Bréfritari: Jakobína Jónsdóttir
Viðtakandi: Sólveig Jónsdóttir
Dagsetning: A-1870-09-12
Skrifað á: Bessastöðum  Gull.
systir bréfviðtakanda

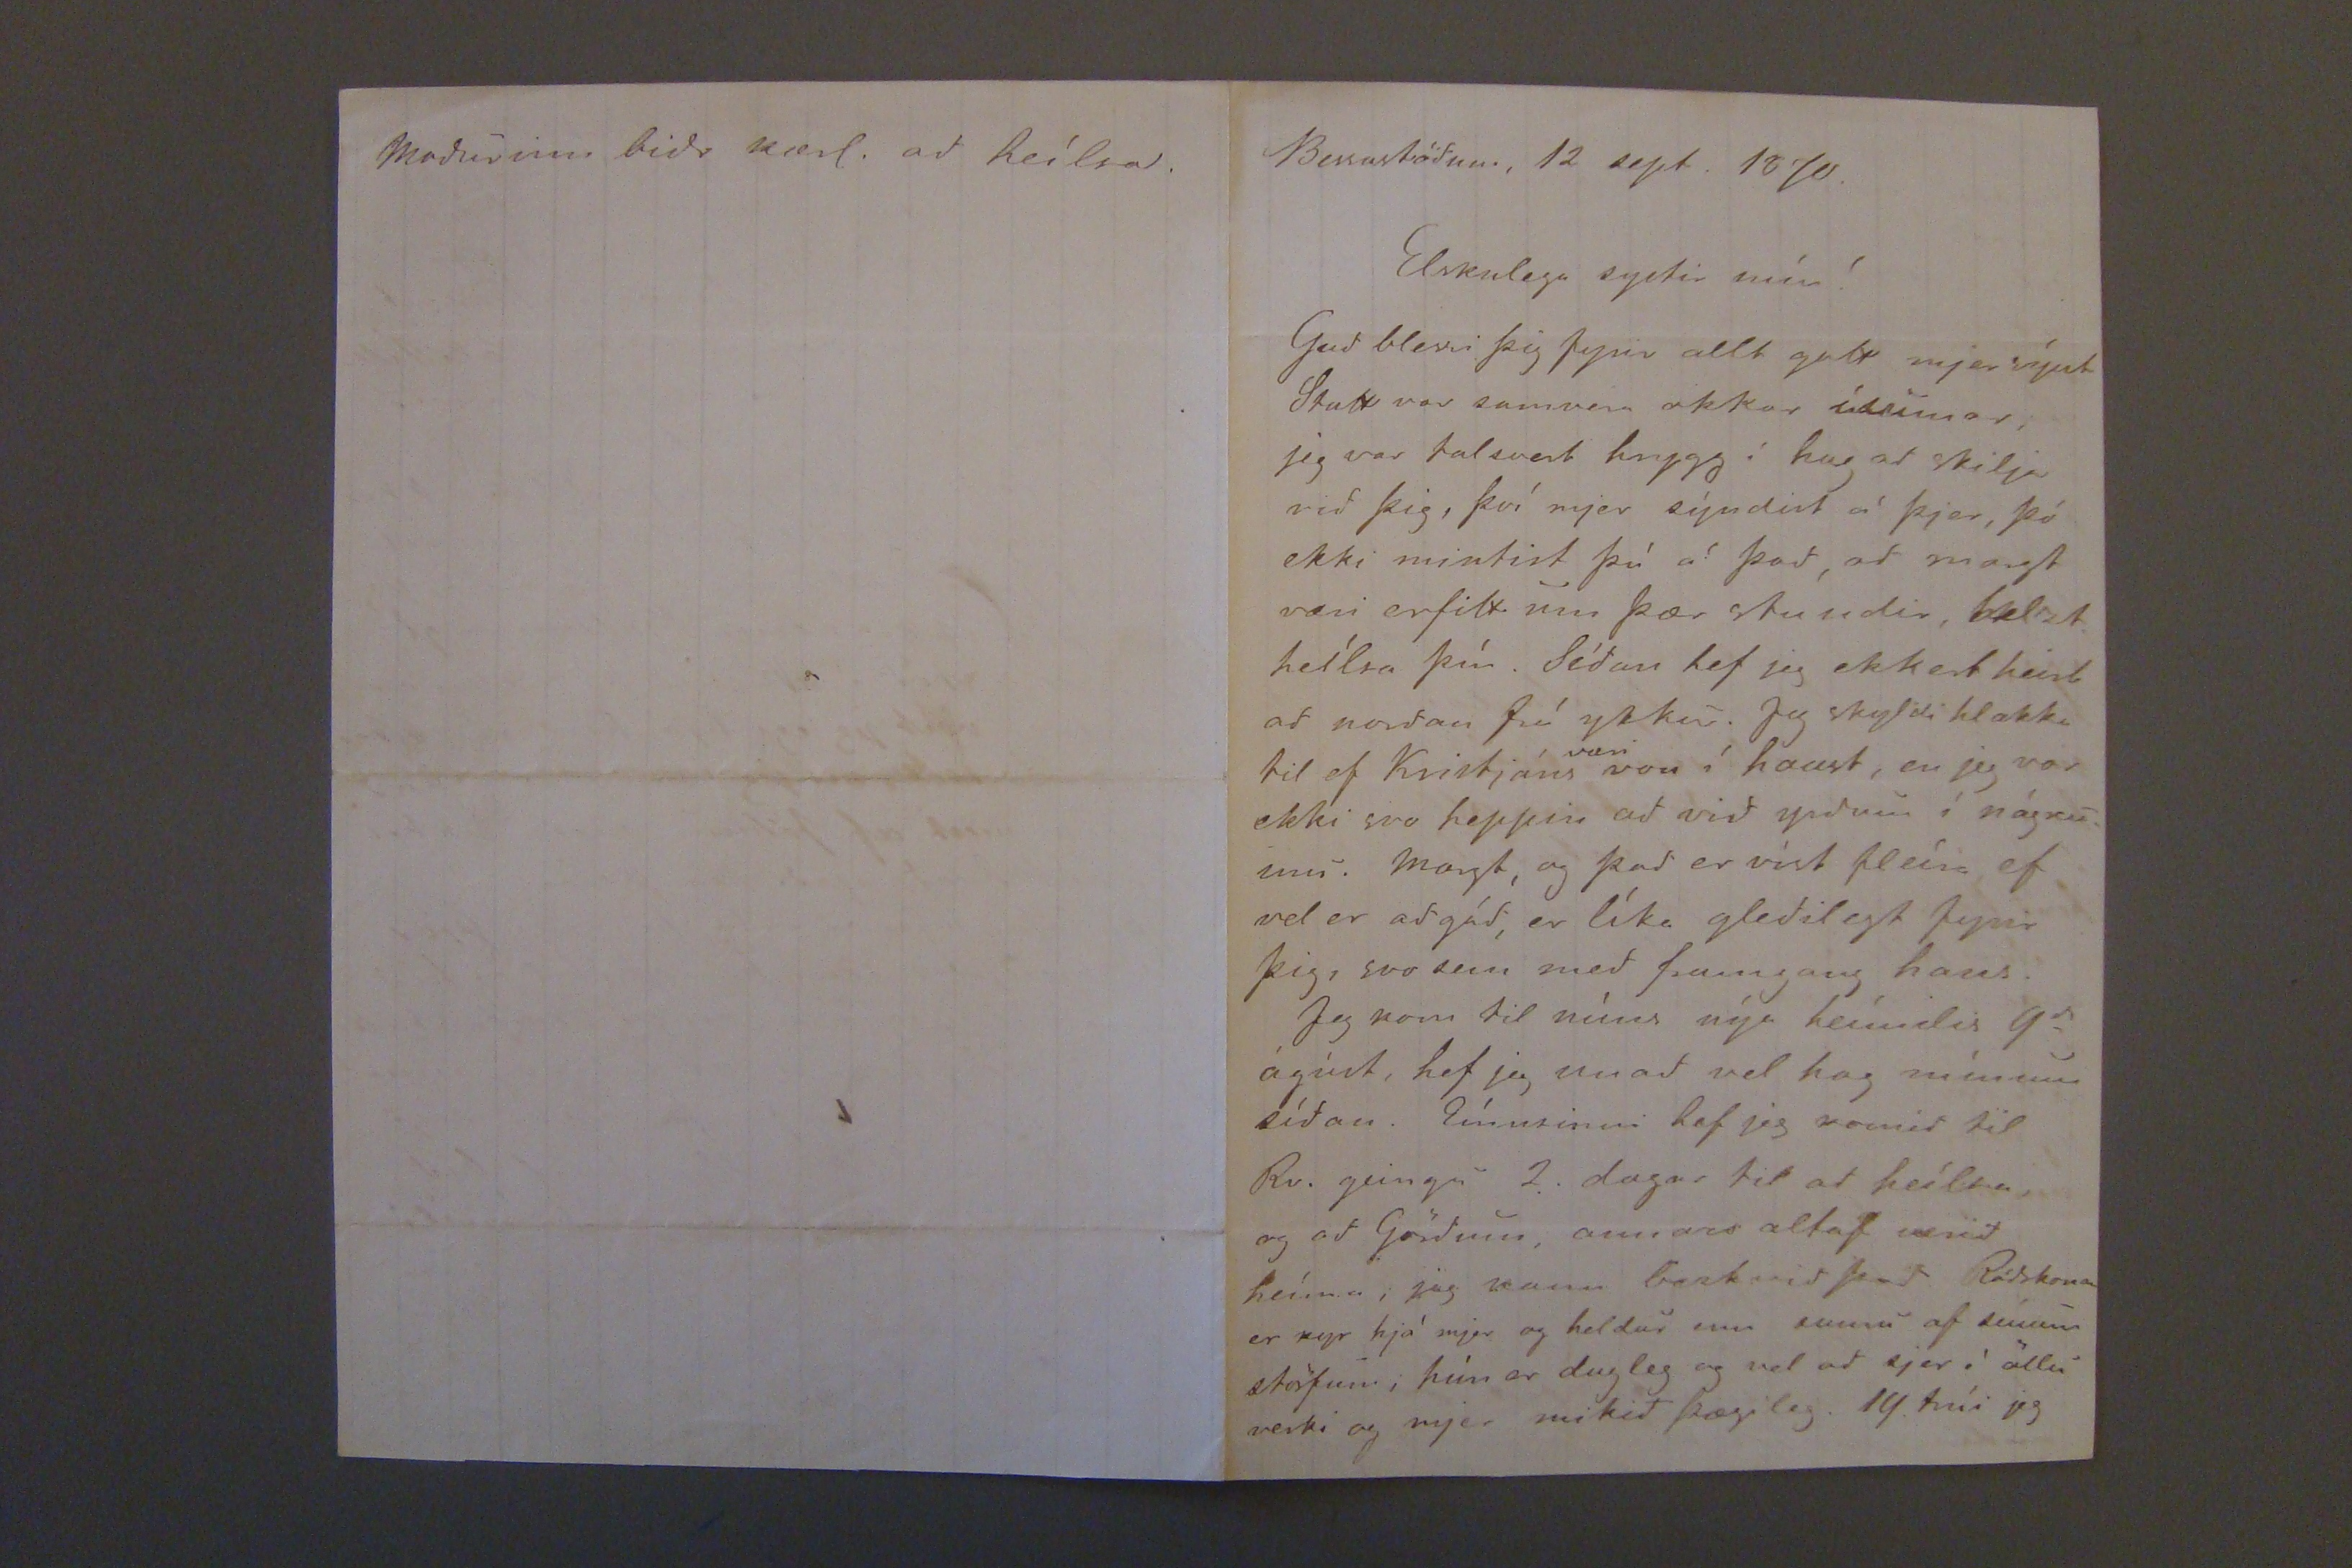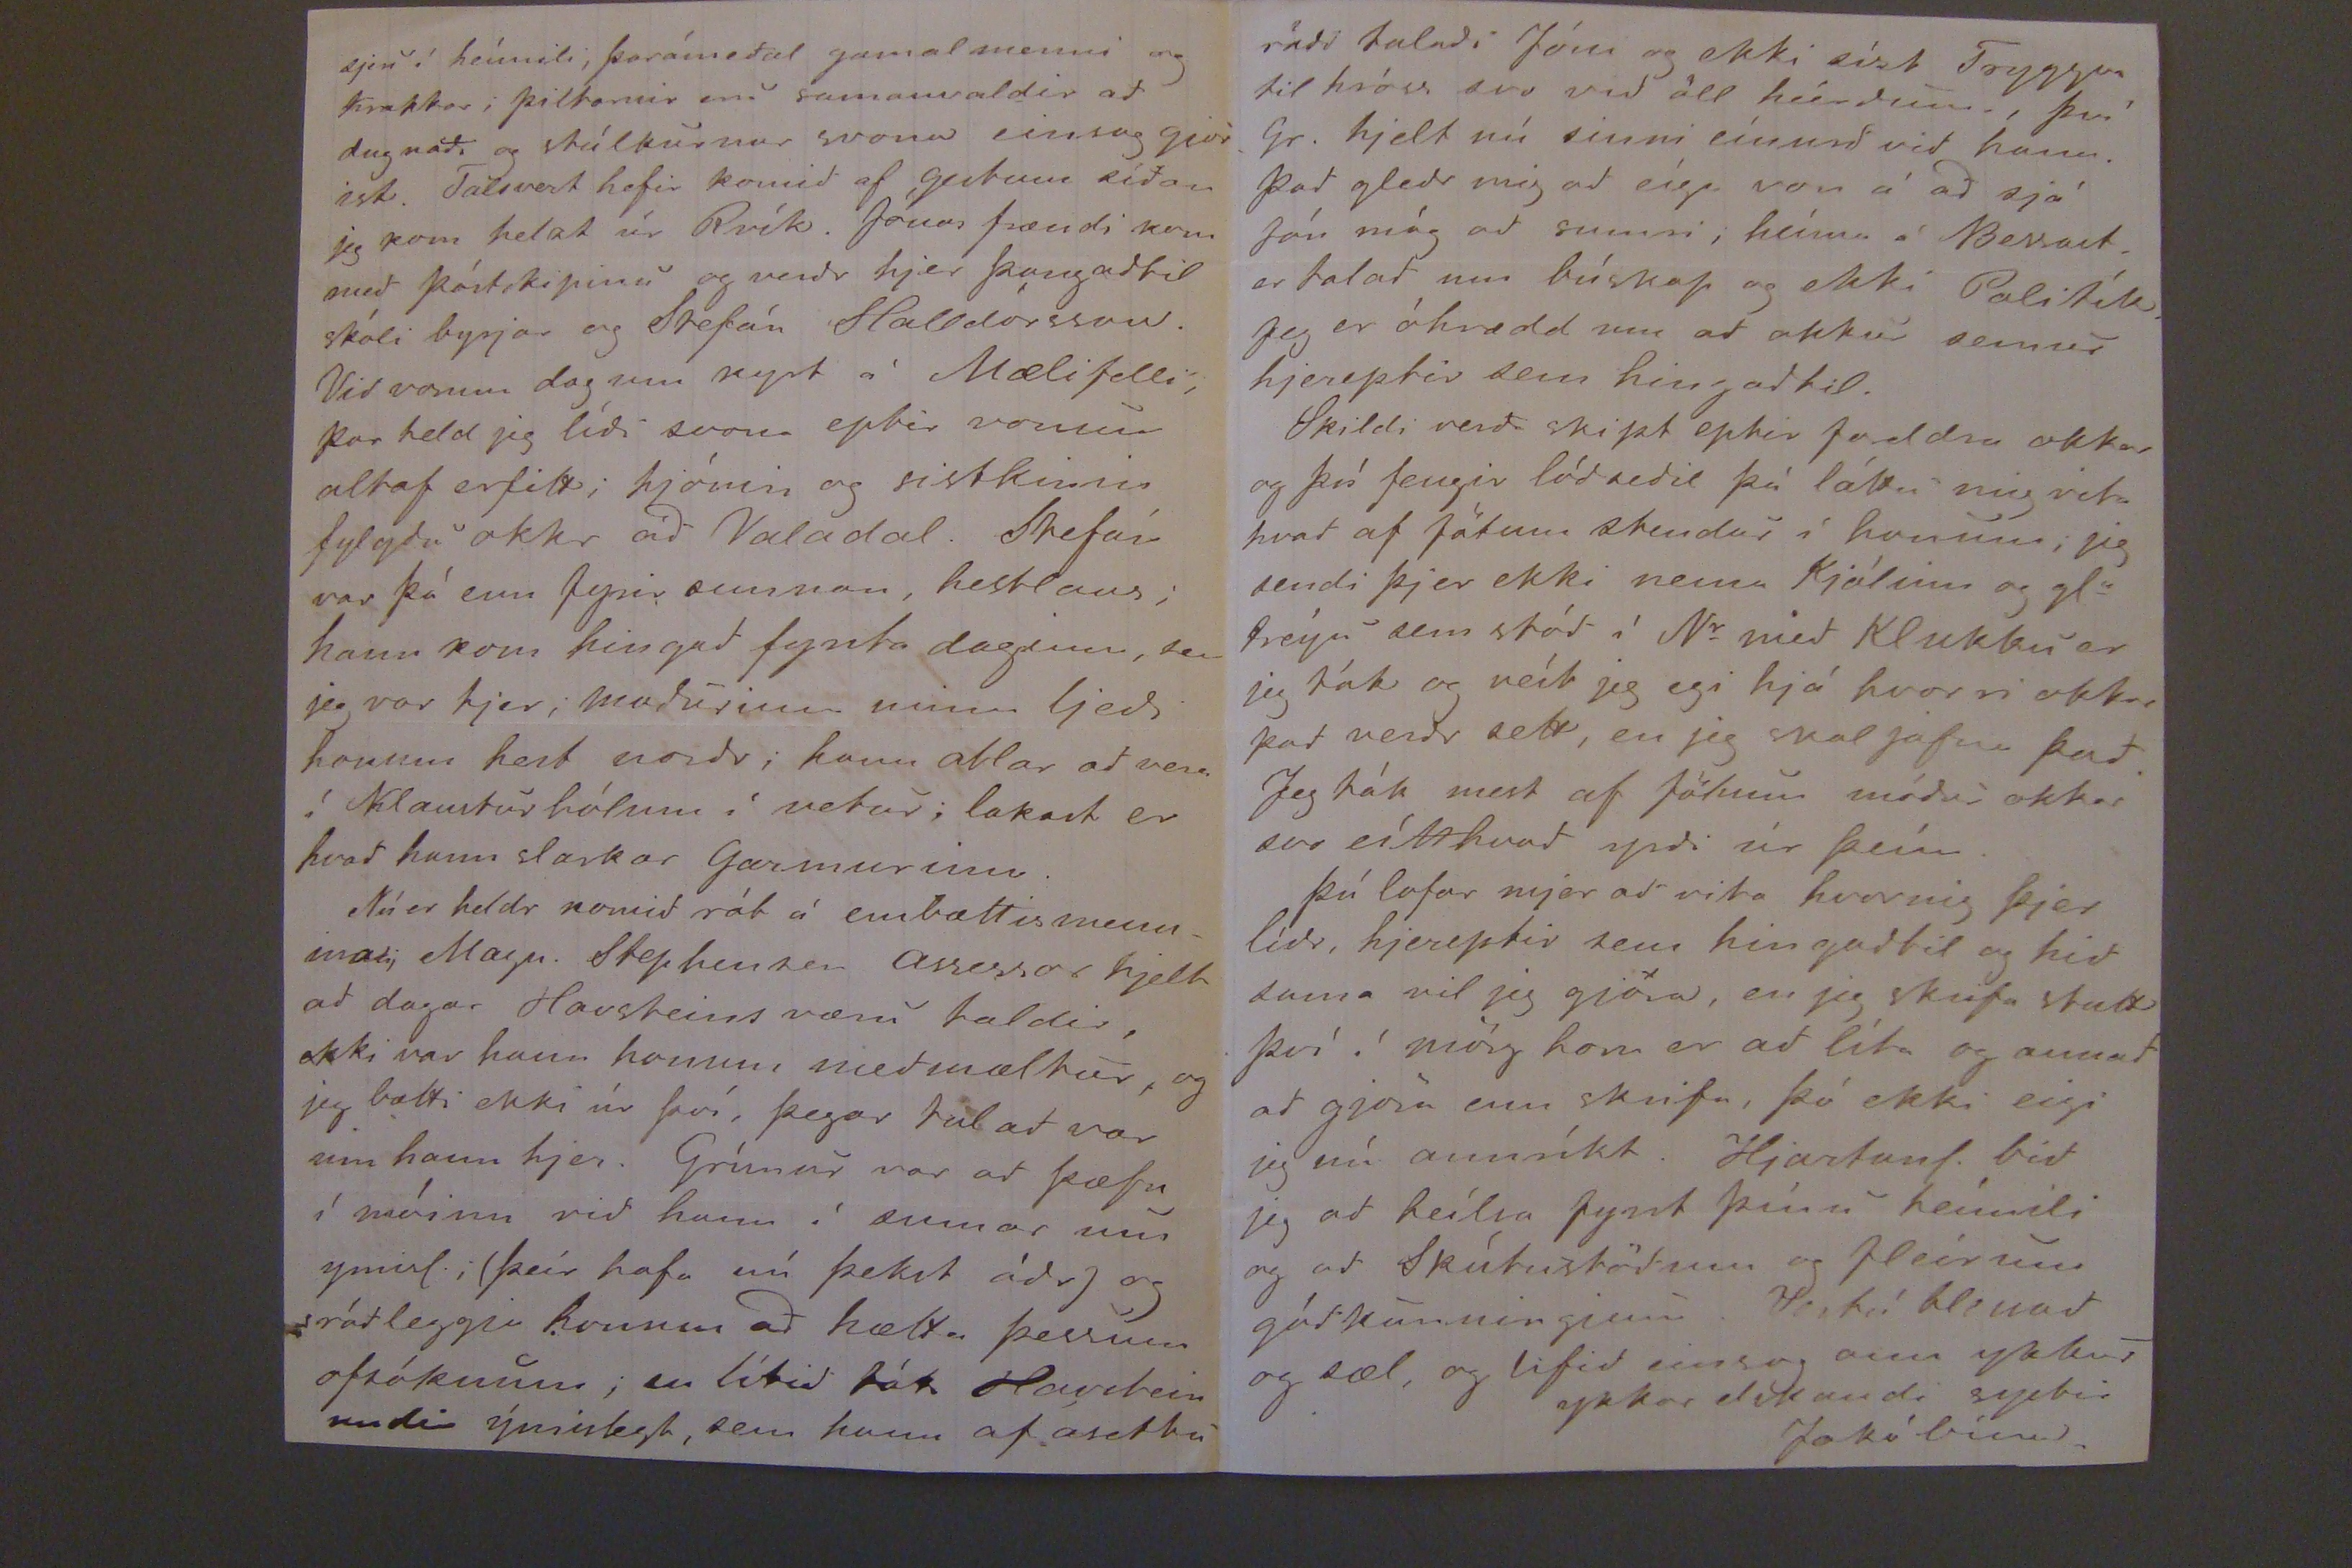

Béssastödum, 12 sept. 1870.
Elskulega systir mín!
Gud blessi þig fyrir allt gott mjer sýnt Stutt var samvera okkar ísumar, jeg var talsvert hrygg í hug ad skilja vid þig, því mjer sýndist á þjer, þó ekki mintist þú á þad, ad margt væri erfitt um þær stundir, helzt heílsa þín. Sídan hef jeg ekkert heirt af nordan frá ykkur. Jeg skyldi hlakka til ef Kristjáns
væri
voní haust, en jeg var ekki svo heppin ad vid yrdum í nágrenni. Margt, og þad er víst fleíra ef vel er adgád, er líka gledilegt fyrir þid, svo sem med framgang hans.
Jeg kom til míns nýa heímilis 9
d
ágúst, hef jeg unad vel hag mínum sídan, Eínusinni hef jeg komid til Rv. geingu 2. dagar til ad heílsa og ad Gördum, annars altaf verid heíma, jeg kann bezt vid þad Rádskona er nyr hjá mjer og heldur enn sumu af sínum störfum, hún er dugleg og vel ad sjer í öllu verki og mjer mikid þægileg. 14 trúi jeg
sjeu í heímili, þarámedal gamalmenni og Krakkar; piltarnir eru samanvaldir ad dugnadi og stúlkurnar svona einsog gjörist. Talsvert hefir komid af gestum sídan jeg kom helzt úr Rvík. Jónas frændi kom med póstskipinu og verdr hjer þangad til skóli byrjar og Stefán Halldórsson. Vid vorum dag um kyrt á Mælifelli, þar held jeg lídi svona eptir vonum altaf erfitt; hjónin og sistkinin fylgdu okkr ad Valadal. Stefán var þá enn fyrir sunnan, hestlaus; hann kom hingad fyrsta daginn, sem jeg var hjer; madurinn minn ljedi honum hest nordr; hann atlar ad vera í Klausturhólum í vetur; lakast er hvad hann slarkar Garmurinn.
Nú er heldr komid rót á embættismennina Magn. Stephensen assessar hjelt ad dagar Havsteins væru taldir, ekki var hann honum medmæltur, og jeg bætti ekki úr því, þegar talad var um hann hjer. Grímur var ad þæfa í móinn vid hann í sumar um ymisl. ; (þeír hafa nú þekst ádr) og rádleggja honum ad hætta þessum ofsóknum; en lítid tók Havstein undir ýmislegt, sem hann af ósettu
Madurinn bidr kærl. ad heílsa.
rádi taladi Jóni og ekki síst Tryggva til hróss svo vid öll heírdum, því Gr. hjelt nú sinni eínurd vid hann. Þad gledr mig ad eíga von á ad sjá Jon mág ad sumri, heíma á Bessast. er talad um búskap og ekki Politík. Jeg er óhrædd um ad okkur semur hjereptir sem hingad til.
Skildi verda skipt eptri foreldra okkar og því fengir lódsedil þá láttu mig vita hvad af fötum stendur í honum; jeg sendi þjer ekki nema Kjólinn og glu treíju sem stód í Nr med Klukku er jeg tók og veít jeg egi hjá hvorri okkar þad verdr sett, en jeg skal jafna þad. Jeg tók mest af Jöfnum fötum módir okkar svo eítthvad yrdi úr þeím.
Þú lofar mjer ad vita hvernig þjer lídr, hjereptir sem hingadtil og hid sama vil jeg gjöra, en jeg skrifa stutt því í mörg horn er ad líta og annad ad gjöra enn skrifa, þó ekki eigi jeg nú annríkt. Hjartanl. bid jeg ad heílsa fyrst þínu heímili og ad Skútustödum og fleirum gódkunningjum. Bertú blessud og sæl, og lifid einsog ann ykkur
ykkar elskandi systir
Jakóbína.